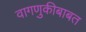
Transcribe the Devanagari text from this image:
वागणुकीबाबत